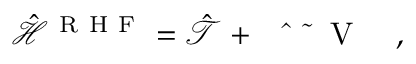
\mathcal { \hat { H } } ^ { \mathrm { ~ R ~ H ~ F ~ } } = \mathcal { \hat { T } } + \mathrm { ~ \mathcal ~ { ~ \hat { ~ } { ~ \tilde { ~ } { ~ V ~ } ~ } ~ } ~ } ,